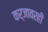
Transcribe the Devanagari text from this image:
कर्जावरही